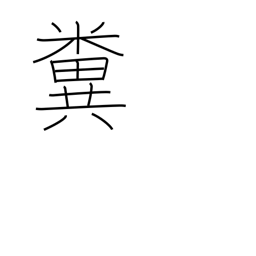
Meaning: feces